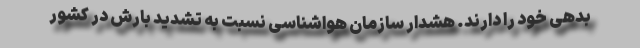
بدهی خود را دارند. هشدار سازمان هواشناسی نسبت به تشدید بارش در کشور